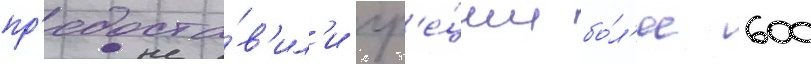
пр'едоста́в'ил'и гр'е́ции бо́л'ее 600